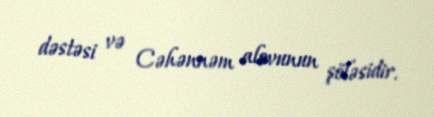
dəstəsi və Cəhənnəm alovunun şöləsidir.